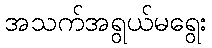
အသက်အရွယ်မရွေး